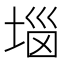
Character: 𡍗